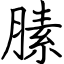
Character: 膆